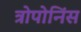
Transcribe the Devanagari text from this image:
त्रोपोनिंस